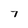
Character: 7